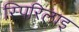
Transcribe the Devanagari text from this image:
स्पिरिलाइ